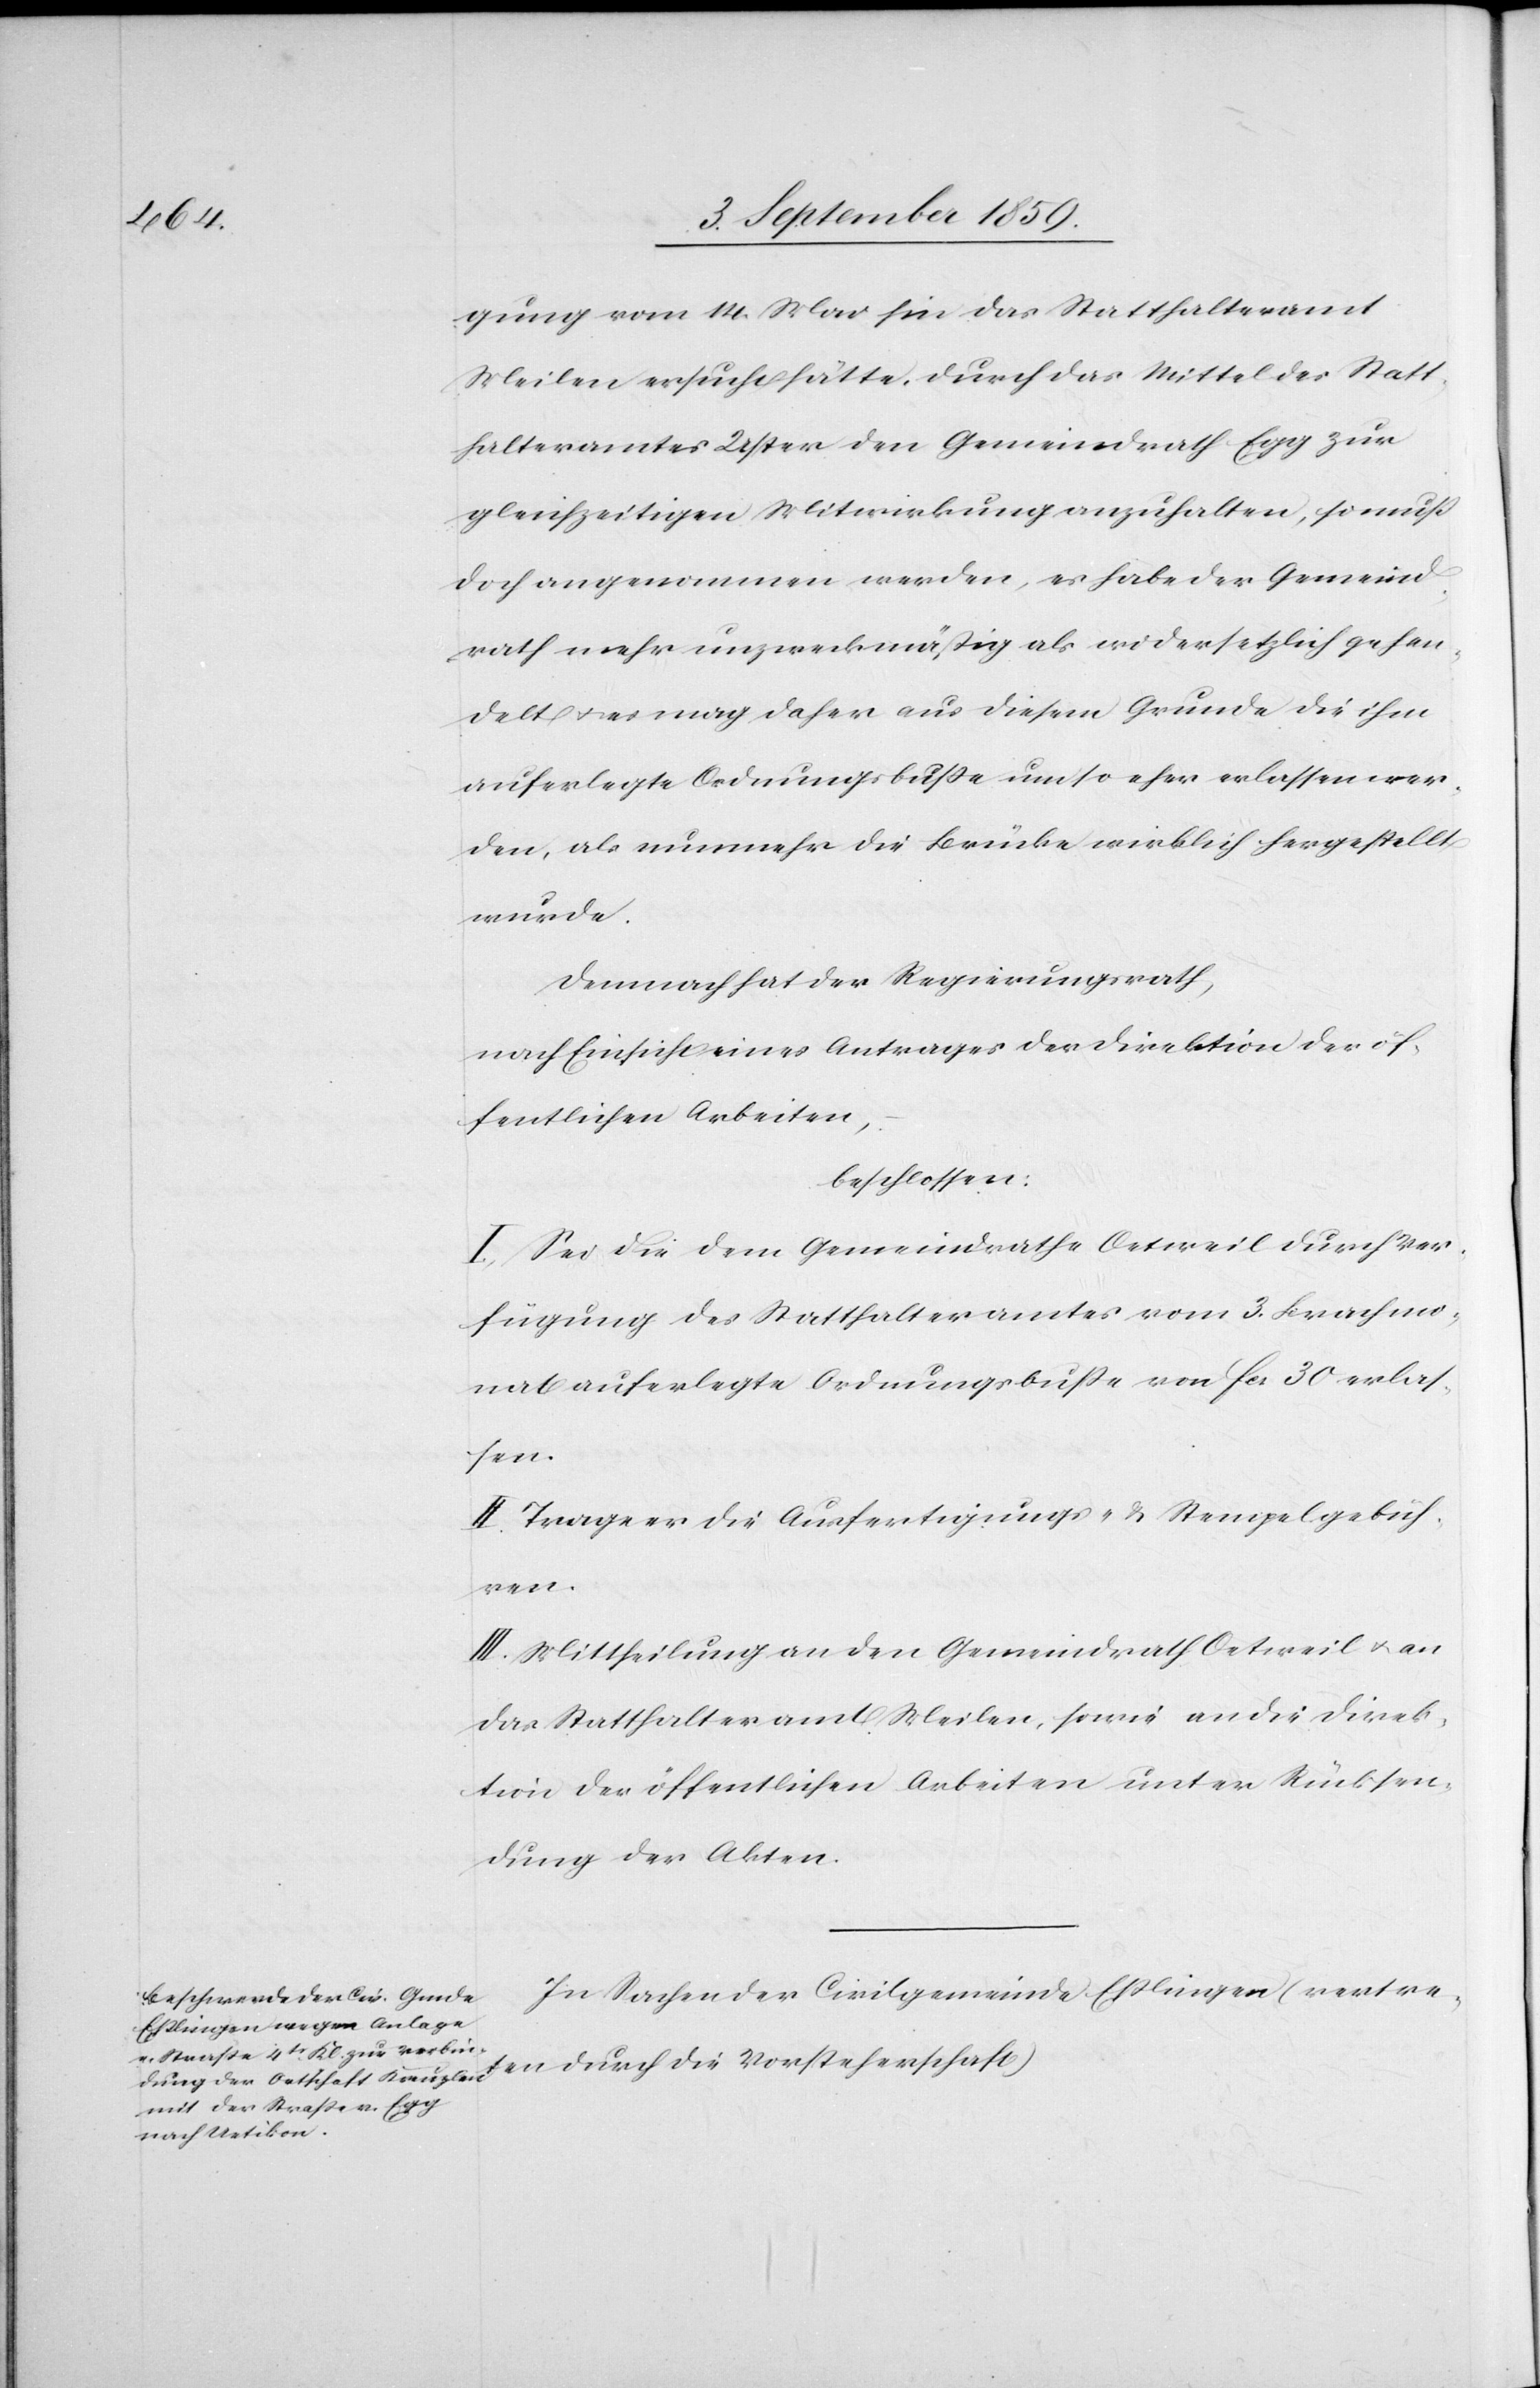
güng vom 14. Mai hin das Statthalteramt
Meilen ersucht hätte. Durch das Mittel des Statt¬
halteramtes Uster den Gemeindrath Egg zur
gleichzeitigen Mitwirkung anzuhalten, so muß
doch angenommen werden, es habe der Gemeind¬
rath mehr unzweckmäßig als widersetzlich gehan¬
delt & es mag daher aus diesem Grunde die ihm
auferlegte Ordnungsbuße umso eher erlassen wer¬
den, als nunmehr die Brücke wirklich hergestellt
wurde.
Demnach hat der Regierungsrath,
nach Einsicht eines Antrages der Direktion der öf¬
fentlichen Arbeiten,
beschlossen:
I. Sei die dem Gemeindrathe Oetweil durch Ver¬
fügung des Statthalteramtes vom 3. Brachmo¬
nat auferlegte Ordnungsbuße von fcs. 30 erlas¬
ten
II. Trage es die Ausfertigungs- & Stempelgebüh¬
ren.
III. Mittheilung an den Gemeindrath Oetweil & an
das Statthalteramt Meilen, sowie an die Direk¬
tion der öffentlichen Arbeiten unter Rücksen¬
dung der Akten.
In Sachen der Civilgemeinde Eßlingen (vertre¬